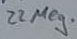
Text: 22Meg.